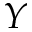
Y